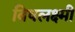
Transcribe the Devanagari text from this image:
विषलक्ष्मी